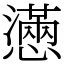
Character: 懣